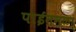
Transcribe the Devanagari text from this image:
पाईनमळा